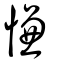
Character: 慊